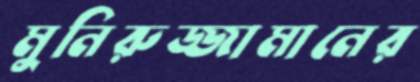
মুনিরুজ্জামানের